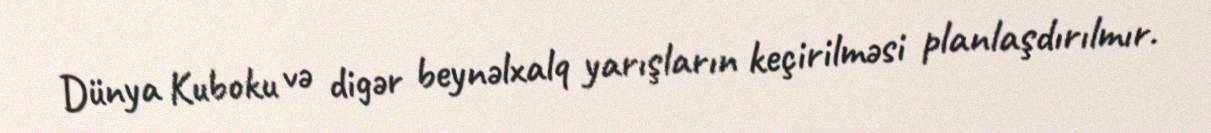
Dünya Kuboku və digər beynəlxalq yarışların keçirilməsi planlaşdırılmır.